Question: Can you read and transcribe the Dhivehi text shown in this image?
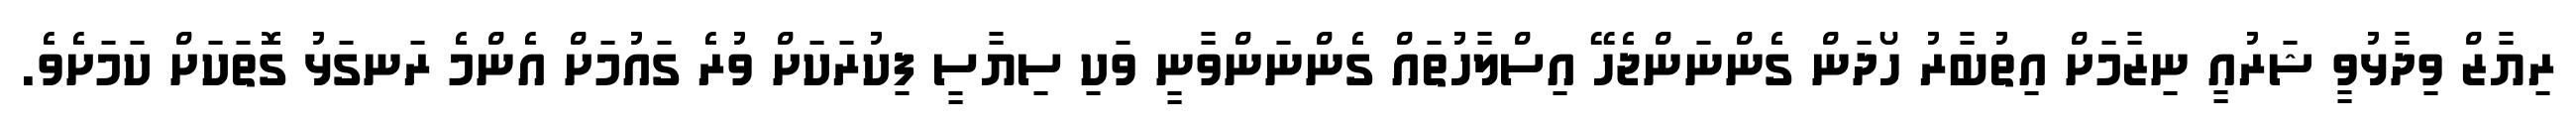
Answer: ރިޔާޒް ވިދާޅުވީ ޝަރުއީ ނިޒާމަށް އިތުބާރު ހޯދަން ގެންނަންޖެހޭ އިސްލާހުތައް ގެންނަންވާނީ ވަކި ސިޔާސީ ފިކުރަކަށް ވުރެ ގައުމަށް އެންމެ ރަނގަޅު ގޮތަކަށް ކަމަށެވެ.